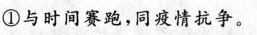
①与时间赛跑，同疫情抗争。